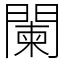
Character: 闌